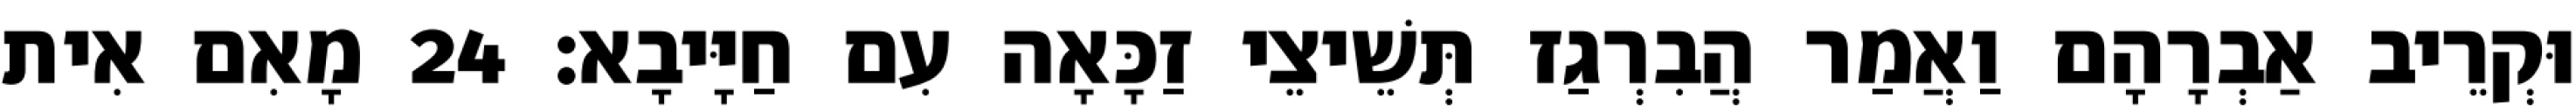
וּקְרֵיב אַבְרָהָם וַאֲמַר הֲבִרְגַז תְּשֵׁיצֵי זַכָּאָה עִם חַיָּיבָא׃ 24 מָאִם אִית